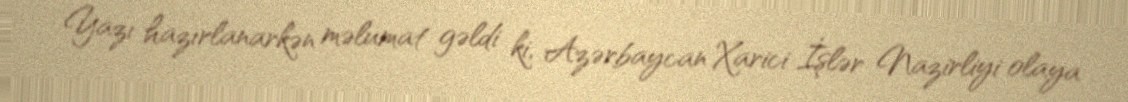
Yazı hazırlanarkən məlumat gəldi ki, Azərbaycan Xarici İşlər Nazirliyi olaya